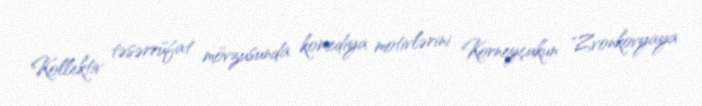
Kollektiv təsərrüfat mövzusunda komediya motivlərini Korneyçukun "Zvonkovyaya